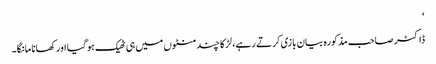
‘
ڈاکٹر صاحب مذکورہ بیان بازی کرتے رہے، لڑکا چند منٹوں میں ہی ٹھیک ہو گیا اور کھانا مانگا۔